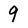
Character: 9